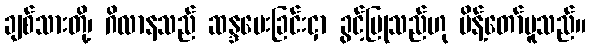
ချစ်သားတို့၊ ဂိလာနသည် ဆန္ဒပေးခြင်းငှာ ခွင့်ပြုသည်ဟု မိန့်တော်မူသည်။